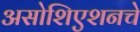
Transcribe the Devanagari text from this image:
असोशिएशनचे